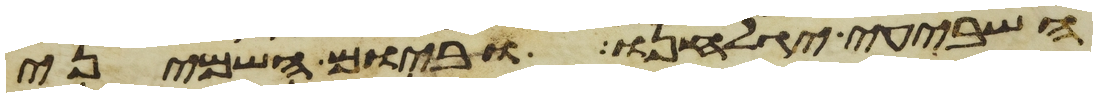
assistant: השביעי יגלחנו וביום השמיני